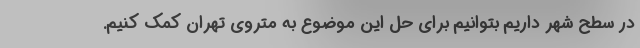
در سطح شهر داریم بتوانیم برای حل این موضوع به متروی تهران کمک کنیم.